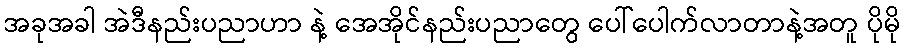
အခုအခါ အဲဒီနည်းပညာဟာ နဲ့ အေအိုင်နည်းပညာတွေ ပေါ်ပေါက်လာတာနဲ့အတူ ပိုမို